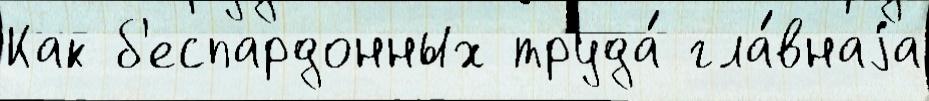
Как б'еспардонных труда́ гла́внаjа